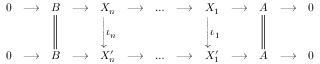
{ \begin{array} { c c c c c c c c c c c c c } { 0 } & { \longrightarrow } & { B } & { \longrightarrow } & { X _ { n } } & { \longrightarrow } & { \dots } & { \longrightarrow } & { X _ { 1 } } & { \longrightarrow } & { A } & { \longrightarrow } & { 0 } \\ & & { { \Bigg \Vert } } & & { { \Bigg \downarrow } \iota _ { n } \! } & & & & { { \Bigg \downarrow } \iota _ { 1 } } & & { { \Bigg \Vert } } & & \\ { 0 } & { \longrightarrow } & { B } & { \longrightarrow } & { X _ { n } ^ { \prime } } & { \longrightarrow } & { \dots } & { \longrightarrow } & { X _ { 1 } ^ { \prime } } & { \longrightarrow } & { A } & { \longrightarrow } & { 0 } \end{array} }